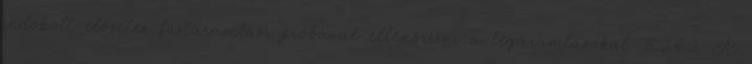
indokolt elõzetes füstáramlási próbával ellenõrizni a légáramlásokat. 5.2.6.2. A